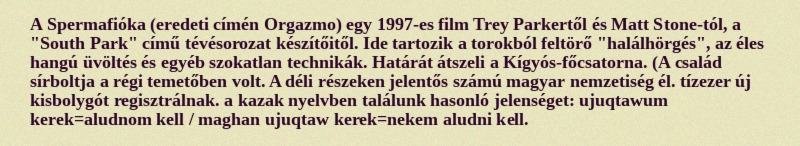
A Spermafióka (eredeti címén Orgazmo) egy 1997-es film Trey Parkertől és Matt Stone-tól, a "South Park" című tévésorozat készítőitől. Ide tartozik a torokból feltörő "halálhörgés", az éles hangú üvöltés és egyéb szokatlan technikák. Határát átszeli a Kígyós-főcsatorna. (A család sírboltja a régi temetőben volt. A déli részeken jelentős számú magyar nemzetiség él. tízezer új kisbolygót regisztrálnak. a kazak nyelvben találunk hasonló jelenséget: ujuqtawum kerek=aludnom kell / maghan ujuqtaw kerek=nekem aludni kell.